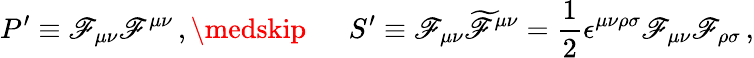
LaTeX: P^{\prime}\equiv\mathscr{F}_{\mu\nu}\mathscr{F}^{\mu\nu}\, ,\medskip\, \ \ \, \ \ \, S^{\prime}\equiv\mathscr{F}_{\mu\nu}\widetilde{{\mathscr{F}}}^{\mu\nu}=\frac{{1}}{{2}}\epsilon^{\mu\nu\rho\sigma}\mathscr{F}_{\mu\nu}\mathscr{F}_{\rho\sigma}\, ,